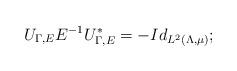
LaTeX: \begin{align*} U_{\Gamma,E}E^{-1}U_{\Gamma,E}^*=-Id_{L^2(\Lambda,\mu)};\end{align*}